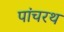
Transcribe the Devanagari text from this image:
पांचरथ